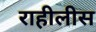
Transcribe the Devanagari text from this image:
राहीलीस